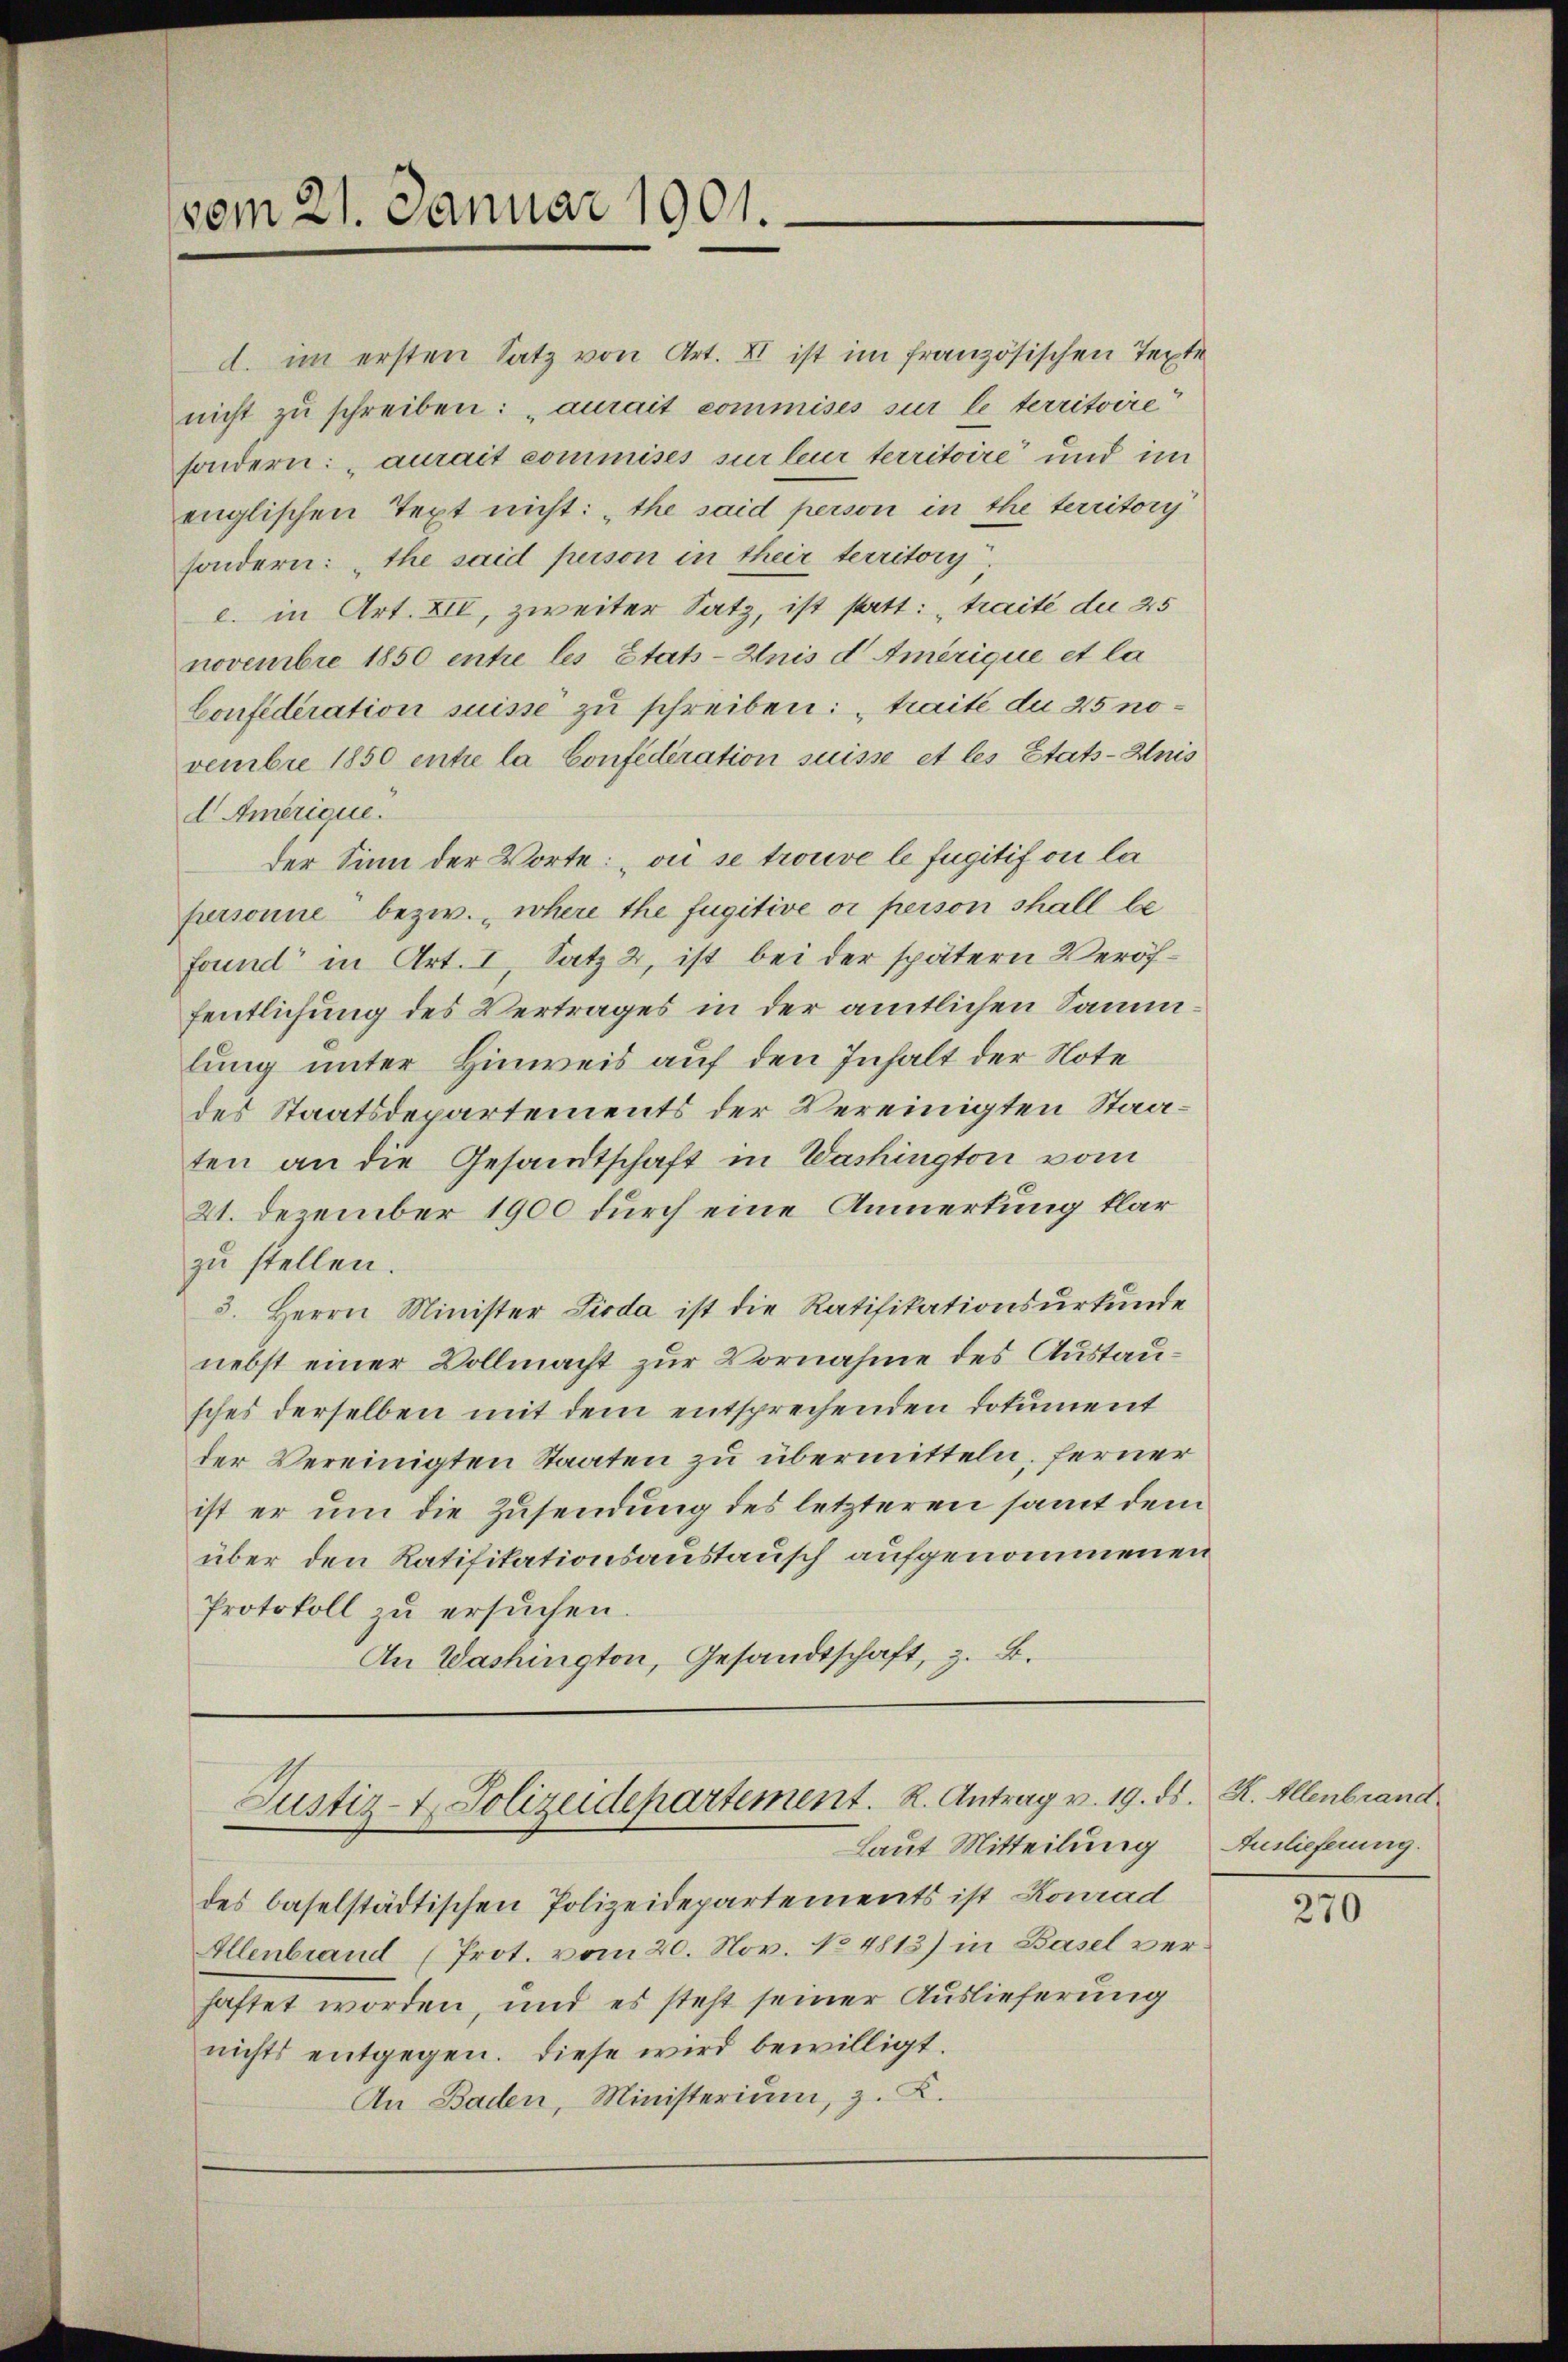
vom 21. Januar 1901.

d. im ersten Satz von Art. XI ist im französischen Texte
nicht zu schreiben: „aurait commises sur le territoire
sondern: aurait commises sur leur territoire und im
englischen Text nicht: "the said person in the territory
sondern: "the said person in their territory
c. in Art. XII, zweiter Satz, ist statt: „traité du 25
novembre 1850 entre les Etats-Anis d Amerique et la
Confederation suisse zu schreiben: „traité du 25 novembre 1850 entre la Confederation suisse et les Etats-Anis
d Amerique.
der Sinn der Worte: „ou se trouve le fügitif ou la
personne bezw. wohere the fugitive oi person shall befound“ in Art. I, Satz 2, ist bei der spätern Veröffentlichung des Vertrages in der amtlichen Sammlung unter Hinweis auf den Inhalt der Note
des Staatsdepartements der Vereinigten Staaten an die Gesandtschaft in Washington vom
21. Dezember 1900 durch eine Anmerkung klar
zu stellen.
3. Herrn Minister Pioda ist die Ratifikationsurkunde
nebst einer Vollmacht zur Vornahme des Austausches derselben mit dem entsprechenden Dokument
der Vereinigten Staaten zu übermitteln, ferner
ist er um die Zusendung des letzteren samt dem
über den Ratifikationsaustausch aufgenommenen
Protokoll zŭ ersŭchen.
An Washington, Gesandtschaft, z. B.

Justiz- & Polizeidepartement. R. Antrag v. 19. ds. R. Allenbrand
Laut Mitteilung

des baselstädtischen Polizeidepartements ist Konrad
Allenbrand (Prot. vom 20. Nov. No 4813) in Basel verhaftet worden, und es steht seiner Auslieferung
nichts entgegen. Diese wird bewilligt.
An Baden, Ministerium, z. K.

Auslieferung.

270